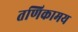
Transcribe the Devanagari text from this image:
तणिकामय